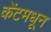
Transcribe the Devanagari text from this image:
केंटमधून